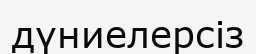
дүниелерсіз